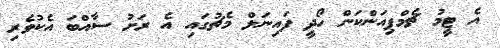
އެ ޓީމު ޗެމްޕިއަންކަން ހޯދީ ފައިނަލް މެޗުގައި އެ ރަށު ސާއްބަ އެކުވެރި